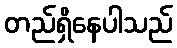
တည်ရှိနေပါသည်